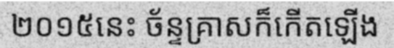
២០១៥នេះ ច័ន្ទគ្រាសក៏កើតឡើង